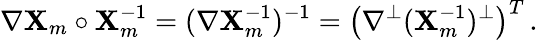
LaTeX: \nabla\mathbf{X}_{m}\circ\mathbf{X}_{m}^{-1}=(\nabla\mathbf{X}_{m}^{-1})^{-1}=\bigl(\nabla^{\perp}(\mathbf{X}_{m}^{-1})^{\perp}\bigr)^{T}\, .